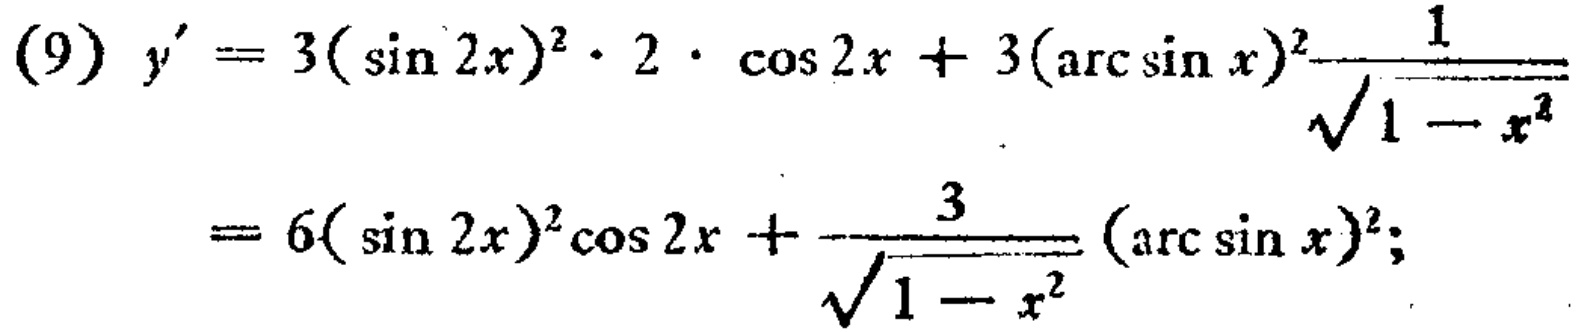
\[
\begin{align*}
(9)\ y'&=3(\sin 2x)^{2}\cdot 2\cdot \cos 2x + 3(\arcsin x)^{2}\frac{1}{\sqrt{1 - x^{2}}}\\
&=6(\sin 2x)^{2}\cos 2x+\frac{3}{\sqrt{1 - x^{2}}}(\arcsin x)^{2};
\end{align*}
\]